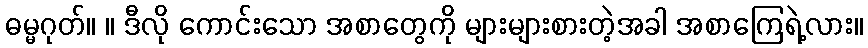
ဓမ္မဂုတ်။ ။ ဒီလို ကောင်းသော အစာတွေကို များများစားတဲ့အခါ အစာကြေရဲ့လား။